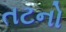
તટનો